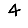
Digit: 4